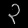
Digit: ၃